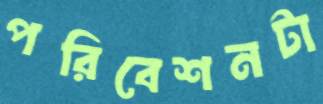
পরিবেশনটা